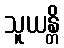
သူယန္တိ